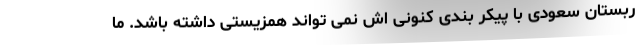
ربستان سعودی با پیکر بندی کنونی اش نمی تواند همزیستی داشته باشد. ما